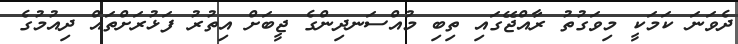
ދެވަނަ ކަމަކީ މިވަގުތު ރާއްޖޭގައި ތިބި މުއްސަނދިންގެ ޖީބަށް އިތުރު ފަޅުރަށްތައް ދިއުމުގެ